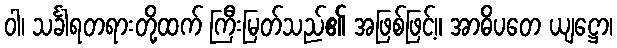
ဝါ၊ သင်္ခါရတရားတို့ထက် ကြီးမြတ်သည်၏ အဖြစ်ဖြင့်။ အာဓိပတေ ယျဋ္ဌော၊